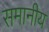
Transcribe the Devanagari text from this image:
समानीय